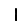
Digit: 1